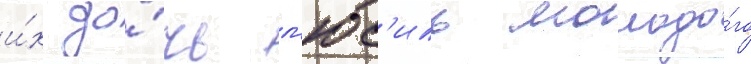
и́х до́чь л'юс'иль молодо́го